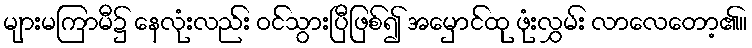
များမကြာမီ၌ နေလုံးလည်း ဝင်သွားပြီဖြစ်၍ အမှောင်ထု ဖုံးလွှမ်း လာလေတော့၏။